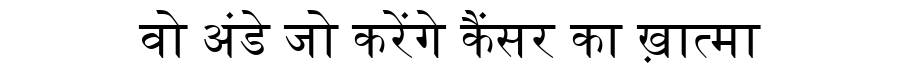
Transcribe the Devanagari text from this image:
वो अंडे जो करेंगे कैंसर का ख़ात्मा